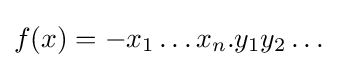
f(x)=-x_{1}\dots x_{n}.y_{1}y_{2}\dots